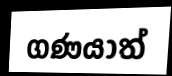
ගණයාත්